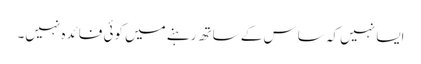
ایسا نہیں کہ ساس کے ساتھ رہنے میں کوئی فائدہ نہیں۔